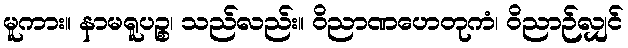
မူကား။ နာမရူပဉ္စ၊ သည်လည်း။ ဝိညာဏဟေတုကံ၊ ဝိညာဉ်လျှင်